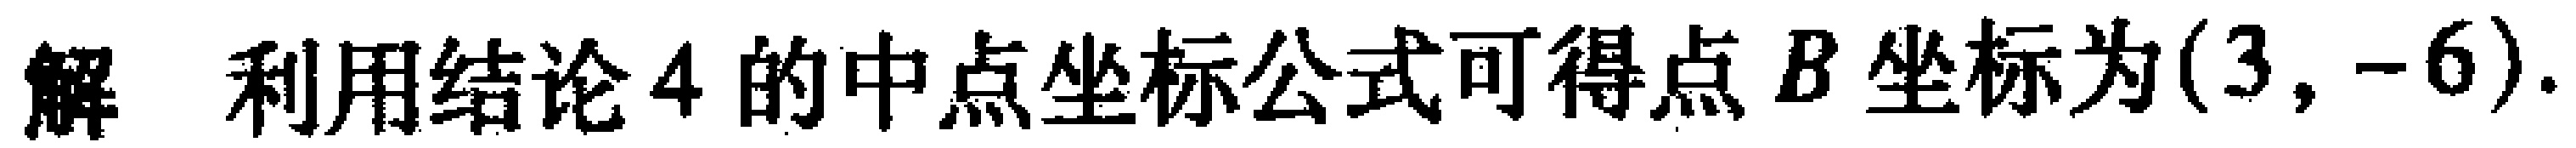
解 利用结论4的中点坐标公式可得点\(B\)坐标为\((3, -6)\).